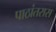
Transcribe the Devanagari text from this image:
पाठांतरास